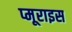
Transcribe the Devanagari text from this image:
प्मूराइस